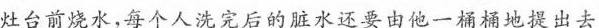
灶台前烧水,每个人洗完后的脏水还要由他一桶桶地提出去